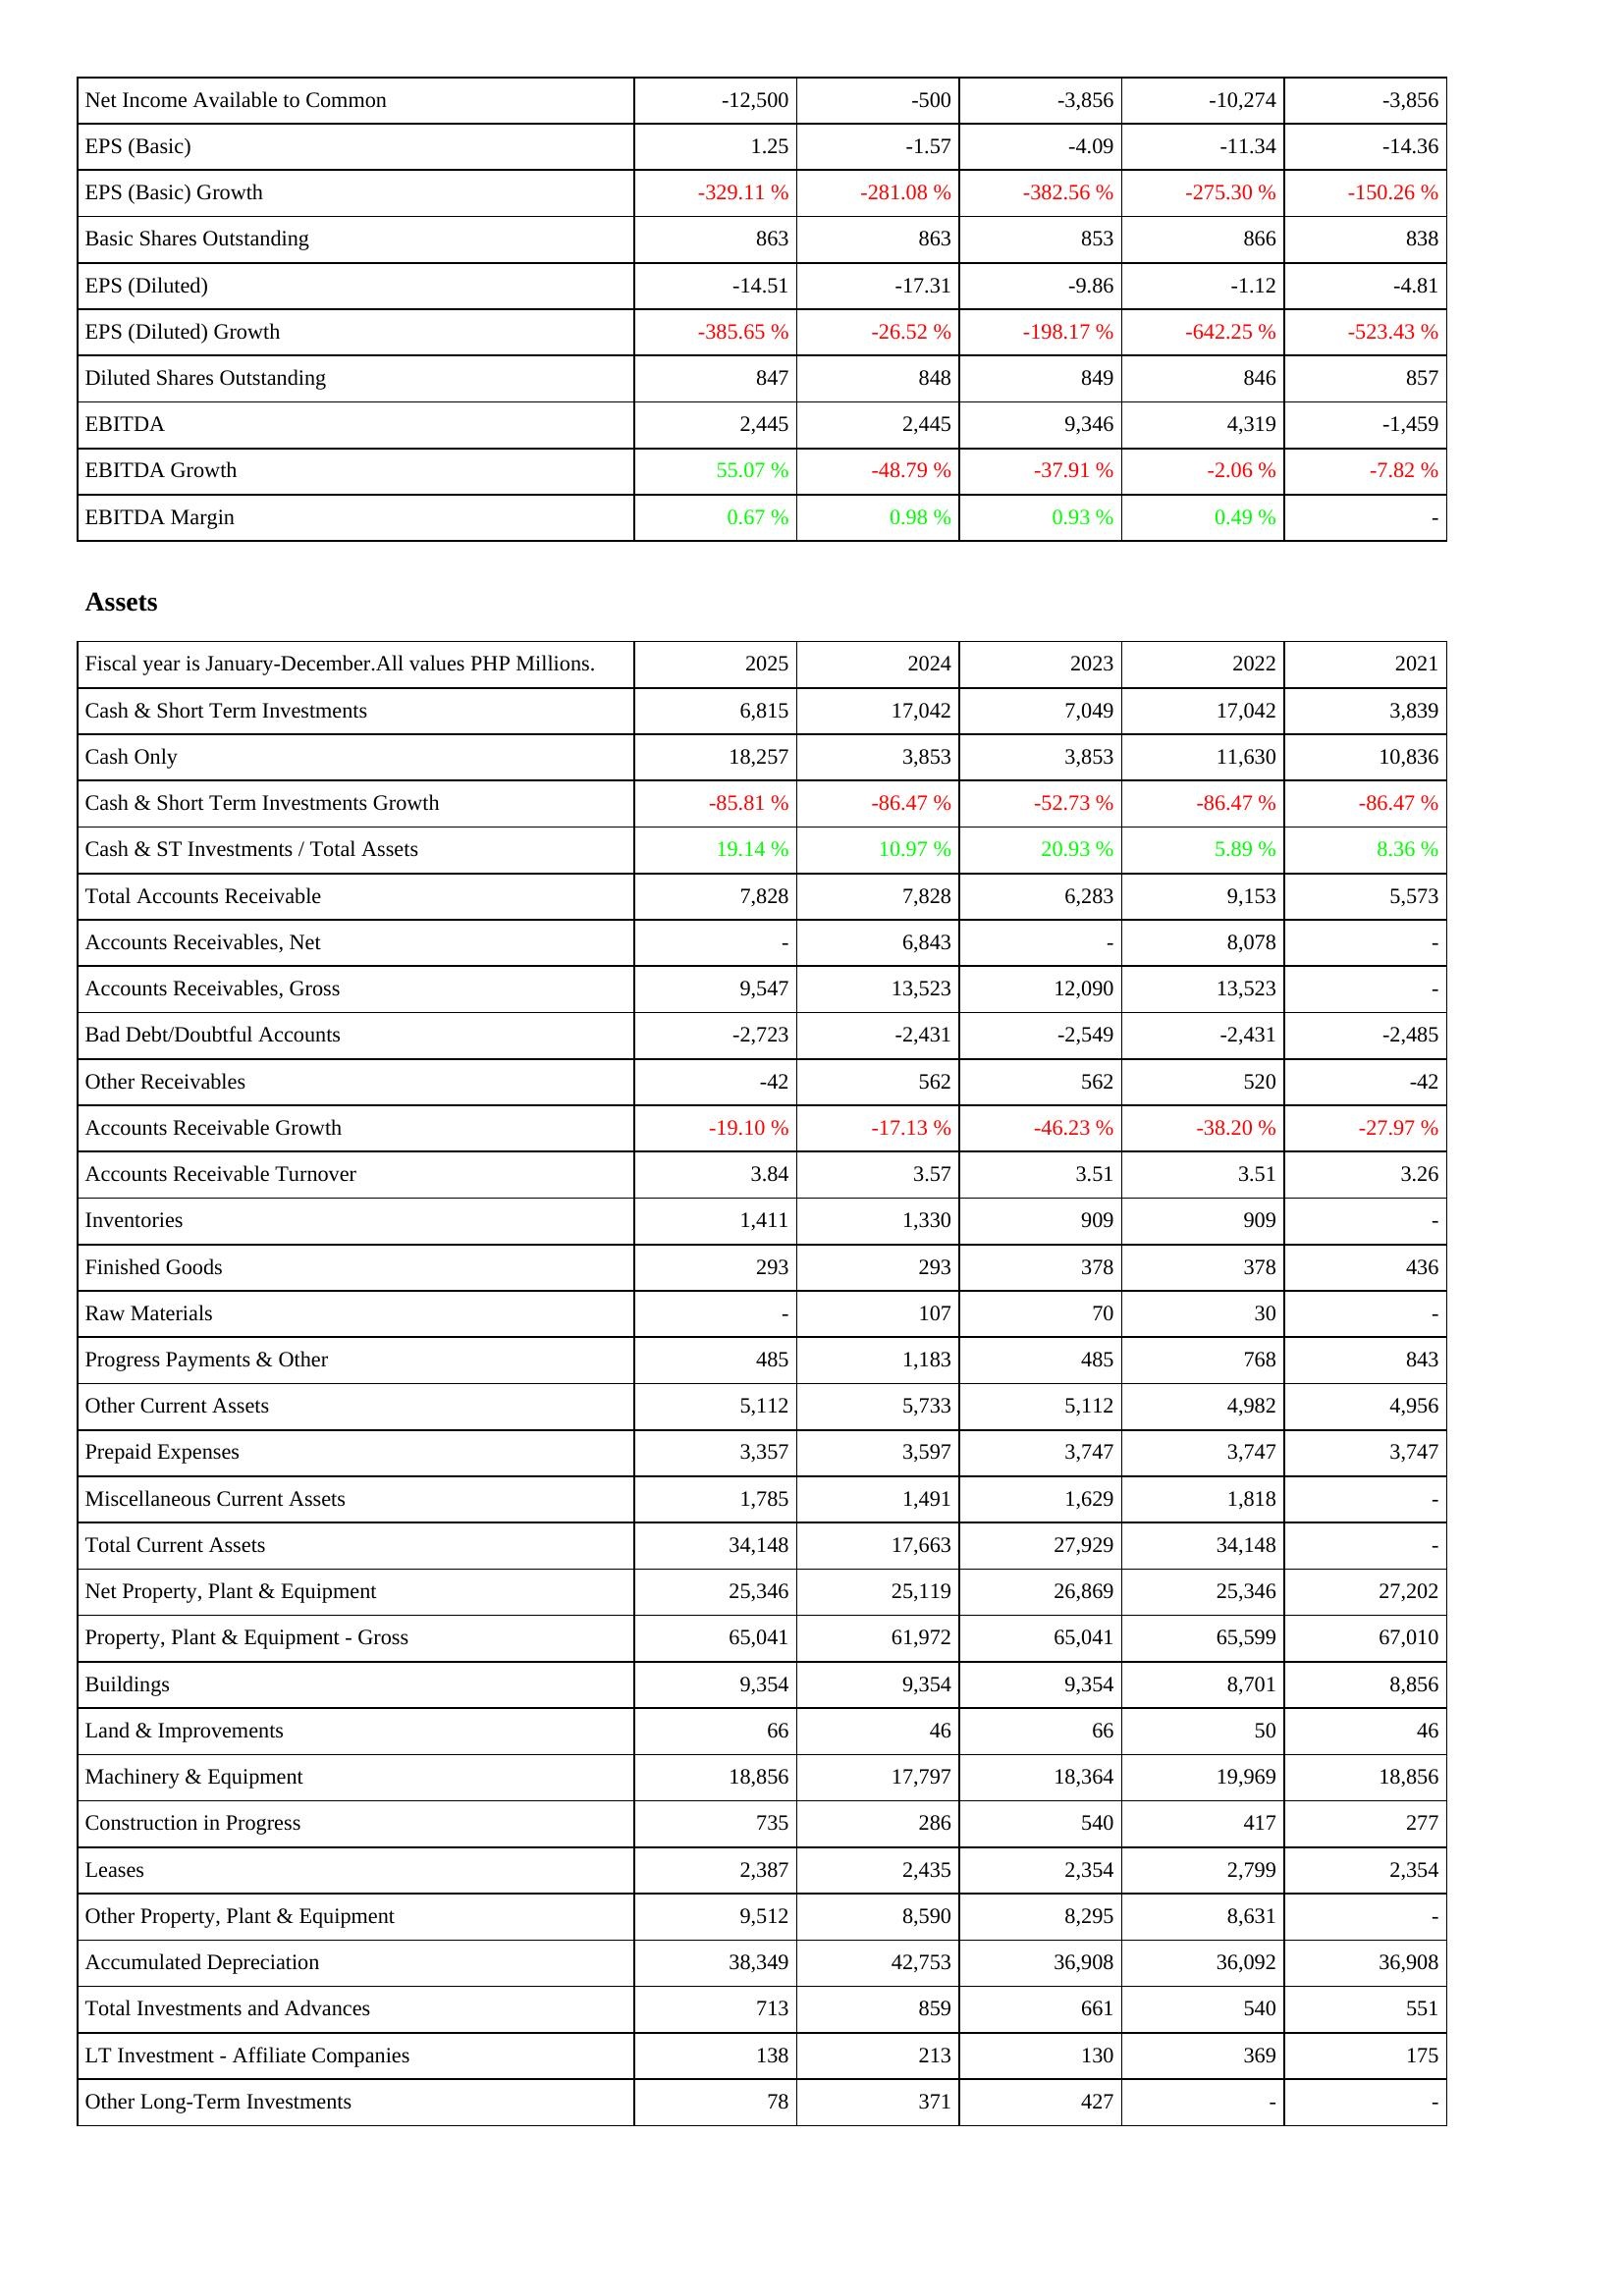
2025: Income Statement: Net Income Available to Common: -12,500
EPS (Basic): 1.25
EPS (Basic) Growth: -329.11 %
Basic Shares Outstanding: 863
EPS (Diluted): -14.51
EPS (Diluted) Growth: -385.65 %
Diluted Shares Outstanding: 847
EBITDA: 2,445
EBITDA Growth: 55.07 %
EBITDA Margin: 0.67 %
Assets: Cash & Short Term Investments: 6,815
Cash Only: 18,257
Cash & Short Term Investments Growth: -85.81 %
Cash & ST Investments / Total Assets: 19.14 %
Total Accounts Receivable: 7,828
Accounts Receivables, Net: -
Accounts Receivables, Gross: 9,547
Bad Debt/Doubtful Accounts: -2,723
Other Receivables: -42
Accounts Receivable Growth: -19.10 %
Accounts Receivable Turnover: 3.84
Inventories: 1,411
Finished Goods: 293
Raw Materials: -
Progress Payments & Other: 485
Other Current Assets: 5,112
Prepaid Expenses: 3,357
Miscellaneous Current Assets: 1,785
Total Current Assets: 34,148
Net Property, Plant & Equipment: 25,346
Property, Plant & Equipment - Gross: 65,041
Buildings: 9,354
Land & Improvements: 66
Machinery & Equipment: 18,856
Construction in Progress: 735
Leases: 2,387
Other Property, Plant & Equipment: 9,512
Accumulated Depreciation: 38,349
Total Investments and Advances: 713
LT Investment - Affiliate Companies: 138
Other Long-Term Investments: 78
2024: Income Statement: Net Income Available to Common: -500
EPS (Basic): -1.57
EPS (Basic) Growth: -281.08 %
Basic Shares Outstanding: 863
EPS (Diluted): -17.31
EPS (Diluted) Growth: -26.52 %
Diluted Shares Outstanding: 848
EBITDA: 2,445
EBITDA Growth: -48.79 %
EBITDA Margin: 0.98 %
Assets: Cash & Short Term Investments: 17,042
Cash Only: 3,853
Cash & Short Term Investments Growth: -86.47 %
Cash & ST Investments / Total Assets: 10.97 %
Total Accounts Receivable: 7,828
Accounts Receivables, Net: 6,843
Accounts Receivables, Gross: 13,523
Bad Debt/Doubtful Accounts: -2,431
Other Receivables: 562
Accounts Receivable Growth: -17.13 %
Accounts Receivable Turnover: 3.57
Inventories: 1,330
Finished Goods: 293
Raw Materials: 107
Progress Payments & Other: 1,183
Other Current Assets: 5,733
Prepaid Expenses: 3,597
Miscellaneous Current Assets: 1,491
Total Current Assets: 17,663
Net Property, Plant & Equipment: 25,119
Property, Plant & Equipment - Gross: 61,972
Buildings: 9,354
Land & Improvements: 46
Machinery & Equipment: 17,797
Construction in Progress: 286
Leases: 2,435
Other Property, Plant & Equipment: 8,590
Accumulated Depreciation: 42,753
Total Investments and Advances: 859
LT Investment - Affiliate Companies: 213
Other Long-Term Investments: 371
2023: Income Statement: Net Income Available to Common: -3,856
EPS (Basic): -4.09
EPS (Basic) Growth: -382.56 %
Basic Shares Outstanding: 853
EPS (Diluted): -9.86
EPS (Diluted) Growth: -198.17 %
Diluted Shares Outstanding: 849
EBITDA: 9,346
EBITDA Growth: -37.91 %
EBITDA Margin: 0.93 %
Assets: Cash & Short Term Investments: 7,049
Cash Only: 3,853
Cash & Short Term Investments Growth: -52.73 %
Cash & ST Investments / Total Assets: 20.93 %
Total Accounts Receivable: 6,283
Accounts Receivables, Net: -
Accounts Receivables, Gross: 12,090
Bad Debt/Doubtful Accounts: -2,549
Other Receivables: 562
Accounts Receivable Growth: -46.23 %
Accounts Receivable Turnover: 3.51
Inventories: 909
Finished Goods: 378
Raw Materials: 70
Progress Payments & Other: 485
Other Current Assets: 5,112
Prepaid Expenses: 3,747
Miscellaneous Current Assets: 1,629
Total Current Assets: 27,929
Net Property, Plant & Equipment: 26,869
Property, Plant & Equipment - Gross: 65,041
Buildings: 9,354
Land & Improvements: 66
Machinery & Equipment: 18,364
Construction in Progress: 540
Leases: 2,354
Other Property, Plant & Equipment: 8,295
Accumulated Depreciation: 36,908
Total Investments and Advances: 661
LT Investment - Affiliate Companies: 130
Other Long-Term Investments: 427
2022: Income Statement: Net Income Available to Common: -10,274
EPS (Basic): -11.34
EPS (Basic) Growth: -275.30 %
Basic Shares Outstanding: 866
EPS (Diluted): -1.12
EPS (Diluted) Growth: -642.25 %
Diluted Shares Outstanding: 846
EBITDA: 4,319
EBITDA Growth: -2.06 %
EBITDA Margin: 0.49 %
Assets: Cash & Short Term Investments: 17,042
Cash Only: 11,630
Cash & Short Term Investments Growth: -86.47 %
Cash & ST Investments / Total Assets: 5.89 %
Total Accounts Receivable: 9,153
Accounts Receivables, Net: 8,078
Accounts Receivables, Gross: 13,523
Bad Debt/Doubtful Accounts: -2,431
Other Receivables: 520
Accounts Receivable Growth: -38.20 %
Accounts Receivable Turnover: 3.51
Inventories: 909
Finished Goods: 378
Raw Materials: 30
Progress Payments & Other: 768
Other Current Assets: 4,982
Prepaid Expenses: 3,747
Miscellaneous Current Assets: 1,818
Total Current Assets: 34,148
Net Property, Plant & Equipment: 25,346
Property, Plant & Equipment - Gross: 65,599
Buildings: 8,701
Land & Improvements: 50
Machinery & Equipment: 19,969
Construction in Progress: 417
Leases: 2,799
Other Property, Plant & Equipment: 8,631
Accumulated Depreciation: 36,092
Total Investments and Advances: 540
LT Investment - Affiliate Companies: 369
Other Long-Term Investments: -
2021: Income Statement: Net Income Available to Common: -3,856
EPS (Basic): -14.36
EPS (Basic) Growth: -150.26 %
Basic Shares Outstanding: 838
EPS (Diluted): -4.81
EPS (Diluted) Growth: -523.43 %
Diluted Shares Outstanding: 857
EBITDA: -1,459
EBITDA Growth: -7.82 %
EBITDA Margin: -
Assets: Cash & Short Term Investments: 3,839
Cash Only: 10,836
Cash & Short Term Investments Growth: -86.47 %
Cash & ST Investments / Total Assets: 8.36 %
Total Accounts Receivable: 5,573
Accounts Receivables, Net: -
Accounts Receivables, Gross: -
Bad Debt/Doubtful Accounts: -2,485
Other Receivables: -42
Accounts Receivable Growth: -27.97 %
Accounts Receivable Turnover: 3.26
Inventories: -
Finished Goods: 436
Raw Materials: -
Progress Payments & Other: 843
Other Current Assets: 4,956
Prepaid Expenses: 3,747
Miscellaneous Current Assets: -
Total Current Assets: -
Net Property, Plant & Equipment: 27,202
Property, Plant & Equipment - Gross: 67,010
Buildings: 8,856
Land & Improvements: 46
Machinery & Equipment: 18,856
Construction in Progress: 277
Leases: 2,354
Other Property, Plant & Equipment: -
Accumulated Depreciation: 36,908
Total Investments and Advances: 551
LT Investment - Affiliate Companies: 175
Other Long-Term Investments: -